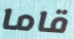
قاما